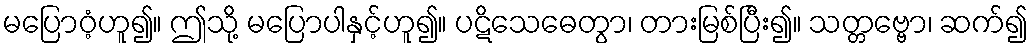
မပြောဝံ့ဟူ၍။ ဤသို့ မပြောပါနှင့်ဟူ၍။ ပဋိသေဓေတွာ၊ တားမြစ်ပြီး၍။ သတ္တဗ္ဗော၊ ဆက်၍